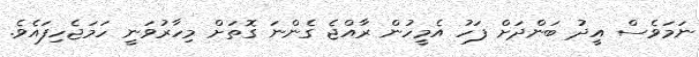
ނަމަވެސް އީދު ބަންދަށް ފަހު އެމީހުން ރާއްޖެ ގެންނަ ގޮތަށް މިހާރުވަނީ ހަމަޖެހިފައެވެ.